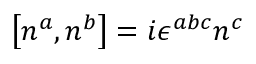
\left[ n ^ { a } , n ^ { b } \right] = i \epsilon ^ { a b c } n ^ { c }